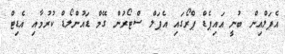
އެޕަލްއިން ބުނީ އައިޕެޑް ޕްރޯގައި އެޕަލް ސްޓޯރުން ގޭމް ޑައުންލޯޑް ކުރުމާއި އެޑިޓް